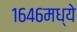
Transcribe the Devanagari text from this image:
१६४६मध्ये